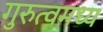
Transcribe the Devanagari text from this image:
गुरुत्वमध्य